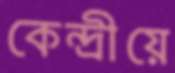
কেন্দ্রীয়ে